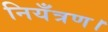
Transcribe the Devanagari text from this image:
नियँत्रण।